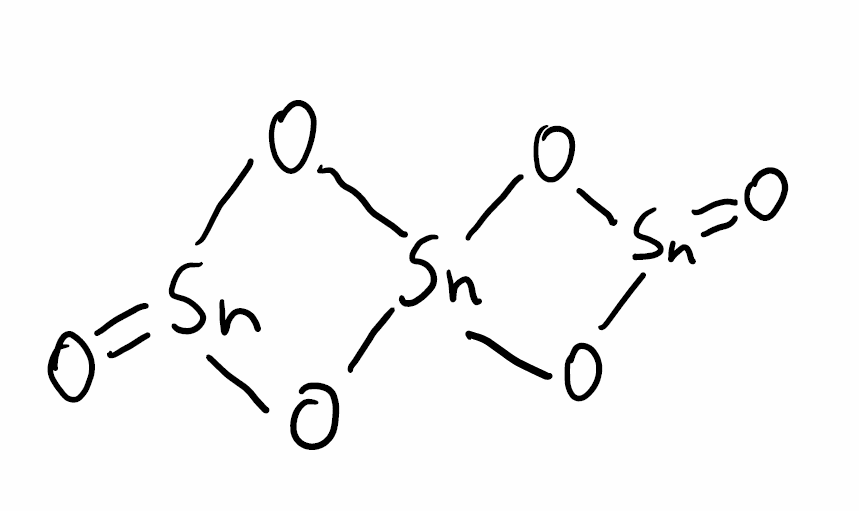
Simplified molecular-input line-entry system (SMILES) notation of the given molecule:
O=[Sn]1O[Sn]2(O1)O[Sn](=O)O2